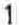
1